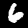
Label: 6